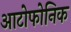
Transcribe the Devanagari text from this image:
आटोफोनिक